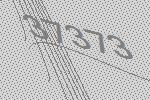
37373